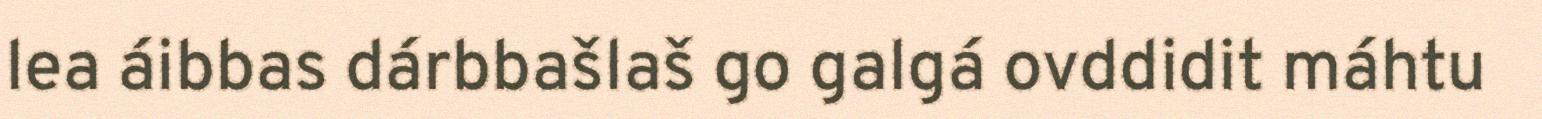
lea áibbas dárbbašlaš go galgá ovddidit máhtu